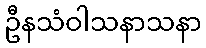
ဦနသံဝါသနာသနာ